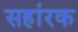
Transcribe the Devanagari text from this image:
सहांरक